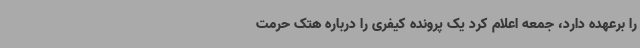
را برعهده دارد، جمعه اعلام کرد یک پرونده کیفری را درباره هتک حرمت